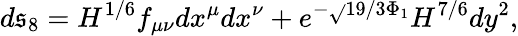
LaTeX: d\mathfrak{s}_{8}=H^{1/6}f_{\mu\nu}dx^{\mu}dx^{\nu}+e^{-\sqrt{}{{19/3}}\Phi_{1}}H^{7/6}dy^{2},